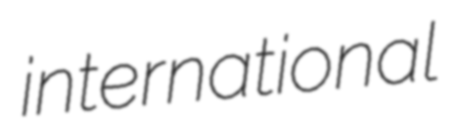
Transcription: international